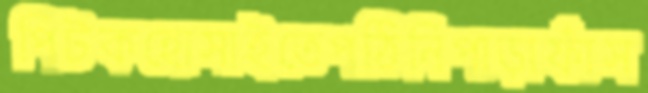
পিটকহোসাইতেপঠিনিপাড়াফাঁস